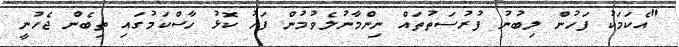
"އެކަމަކު ފަހުން ލިބުނު ފުރުސަތުތައް ނިންމާނުލެވުމުން ފަހު ކޮޅު ހާސްކަމުގައި ތިބެން ޖެހުނީ